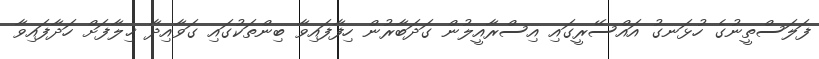
ފަލަސްތީނުގެ ހުޅަނގު އައްސޭރީގައި އިސްރާއީލުން ގަދަބާރުން ހިފާފައިވާ ބިންތަކުގައި ގަވާއިދާ ޚިލާފަށް ހަދާފައިވާ